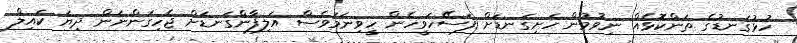
ހުޅުގަނޑުގެ ތަންކޮޅެއް ނިވުމުން ހަށިގަނޑަށް ފަސޭހަވީހެން ހީވިނަމަވެސް އަލިފާންގަނޑަށް ޖެހިގަންނަން ދިޔަ ކައިލް